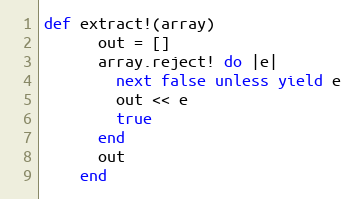
Language: Ruby
def extract!(array)
      out = []
      array.reject! do |e|
        next false unless yield e
        out << e
        true
      end
      out
    end